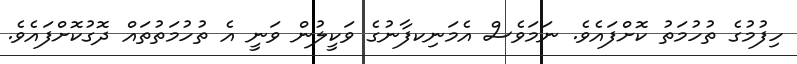
ހިފުމުގެ ތުހުމަތު ކޮށްފައެވެ. ނަމަވެސް އެމަނިކފާނުގެ ވަކީލުން ވަނީ އެ ތުހުމަތުތައް ދޮގުކޮށްފައެވެ.